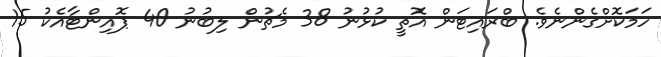
ހަމަކޮށްގެންނެވެ. ބްރައިޓަން އޮތީ ކުޅުނު 38 މެޗުން ލިބުނު 40 ޕޮއިންޓާއެކު 15